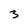
Character: 3